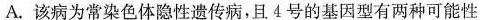
A.该病为常染色体隐性遗传病，且4号的基因型有两种可能性 \frac{1}{4}